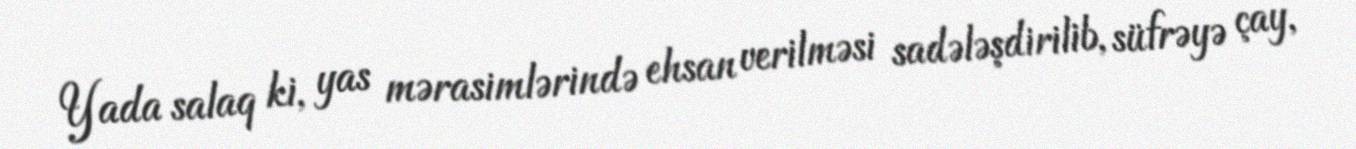
Yada salaq ki, yas mərasimlərində ehsan verilməsi sadələşdirilib, süfrəyə çay,